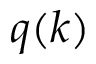
q ( k )